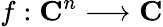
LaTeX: f:\mathbf{C}^{n}\longrightarrow\mathbf{C}